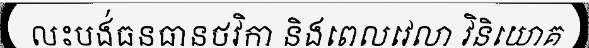
លះបង់ធនធានថវិកា និងពេលវេលា វិនិយោគ